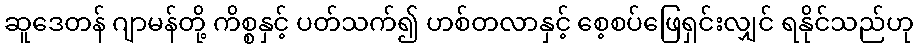
ဆူဒေတန် ဂျာမန်တို့ ကိစ္စနှင့် ပတ်သက်၍ ဟစ်တလာနှင့် စေ့စပ်ဖြေရှင်းလျှင် ရနိုင်သည်ဟု